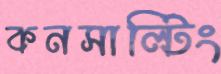
কনসাল্টিং